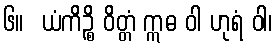
၆။  ယံကိဉ္စိ ဝိတ္တံ ဣဓ ဝါ ဟုရံ ဝါ၊